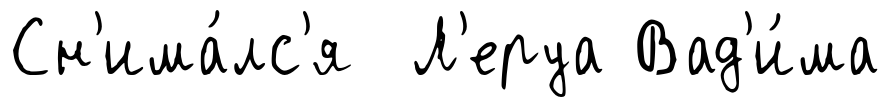
Сн'има́лс'я Л'еруа Вад'и́ма